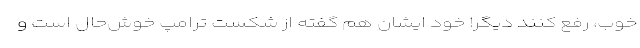
خوب، رفع کنند دیگر! خود ایشان هم گفته از شکست ترامپ خوش‌حال است و